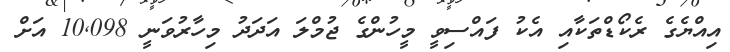
އިއްޔެގެ ރެކޯޑްތަކާއި އެކު ފައްސިވީ މީހުންގެ ޖުމްލަ އަދަދު މިހާރުވަނީ 10